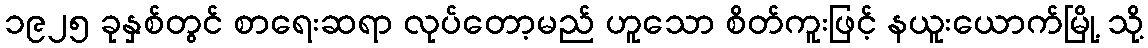
၁၉၂၅ ခုနှစ်တွင် စာရေးဆရာ လုပ်တော့မည် ဟူသော စိတ်ကူးဖြင့် နယူးယောက်မြို့ သို့